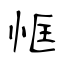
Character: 恇